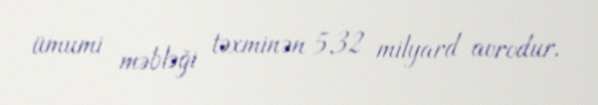
ümumi məbləği təxminən 5,32 milyard avrodur.